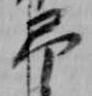
弔